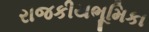
રાજકીયભૂમિકા